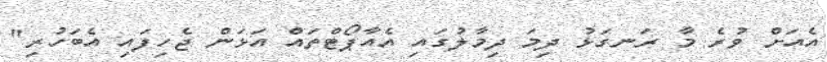
އެއަށް ވުރެ މާ ރަނގަޅު ދިމަ ދިމާލުގައި އެއާޕޯޓްތައް އަޅަން ޖެހިފައި އެބަހުރި"